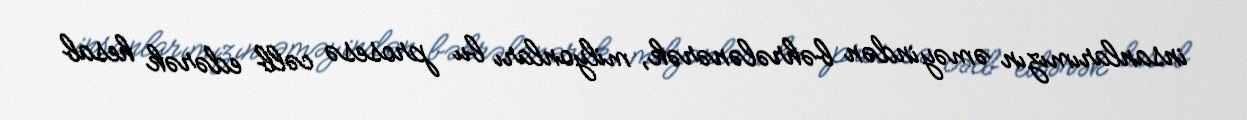
insanlarımızın əməyindən bəhrələnərək, milyonları bu prosesə cəlb edərək hesab